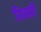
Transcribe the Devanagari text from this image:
रिव्हर्सी